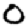
Digit: 0